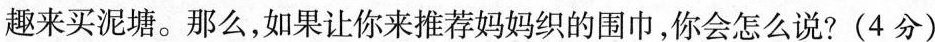
趣来买泥塘。那么，如果让你来推荐妈妈织的围巾，你会怎么说? (4分)